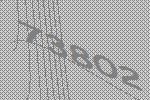
73802